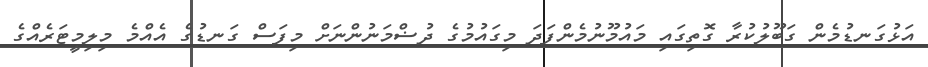
އަޅުގަނޑުމެން ގަބޫލުކުރާ ގޮތިގައި މައުމޫނުމެންފަދަ މިގައުމުގެ ދުޟްމަނުންނަށް މިފަސް ގަނޑުގެ އެއްމެ މިލިމީޓަރެއްގެ